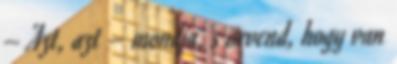
– Azt, azt – mondja, s örvend, hogy van